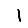
Digit: 1